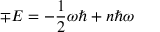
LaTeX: \mp E = - \frac { 1 } { 2 } \omega \hbar + n \hbar \omega